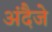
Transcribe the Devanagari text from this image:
अंदैजे